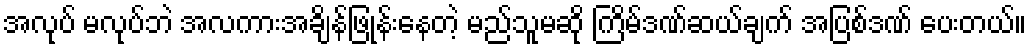
အလုပ် မလုပ်ဘဲ အလကားအချိန်ဖြုန်းနေတဲ့ မည်သူမဆို ကြိမ်ဒဏ်ဆယ်ချက် အပြစ်ဒဏ် ပေးတယ်။